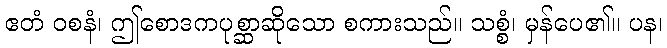
ဧတံ ဝစနံ၊ ဤစောဒကပုစ္ဆာဆိုသော စကားသည်။ သစ္စံ၊ မှန်ပေ၏။ ပန၊